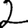
Digit: 2